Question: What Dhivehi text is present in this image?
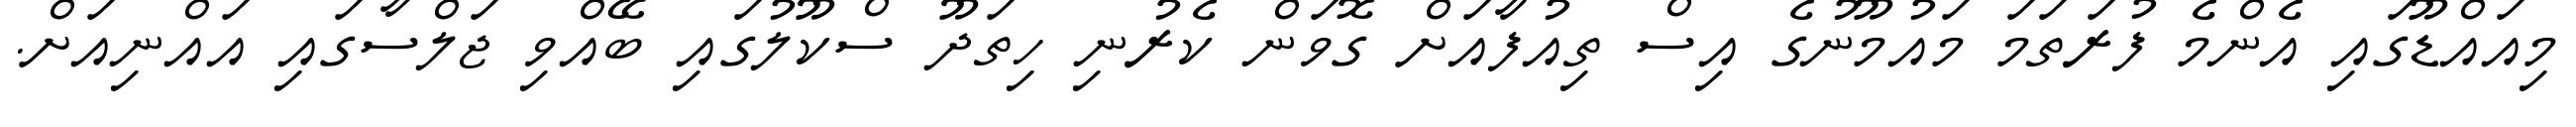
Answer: މިއައްޑޫގައި އެންމެ ފުރަތަމަ މައުމޫނުގެ އިސް ތިއުފާއަށް ގޮވަން ކެރުނި ހިތަދޫ ސްކޫލުގައި ބޭއްވި ޖަލްސާގައި އައްނިއަށް.